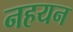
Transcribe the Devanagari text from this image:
नहयन